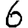
Digit: 6